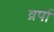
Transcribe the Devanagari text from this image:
व्रषों